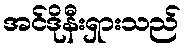
အင်ဒိုနီးရှားသည်